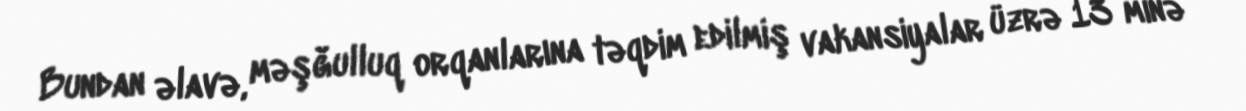
Bundan əlavə, məşğulluq orqanlarına təqdim edilmiş vakansiyalar üzrə 13 minə